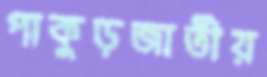
পাকুড়জাতীয়